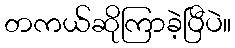
တကယ်ဆိုကြာခဲ့ပြီပဲ။